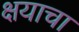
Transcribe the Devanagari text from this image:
क्षयाचा